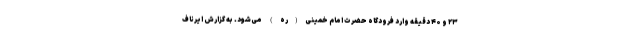
۲۳ و ۴۰ دقیقه وارد فرودگاه حضرت امام خمینی(ره) می‌شود. به گزارش ایرناف